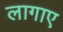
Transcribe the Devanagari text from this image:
लागाए